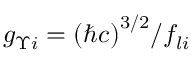
g _ { \Upsilon i } = { \left( \hbar c \right) } ^ { 3 / 2 } / f _ { l i }